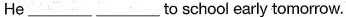
He_____ ______to school early tomorrow.